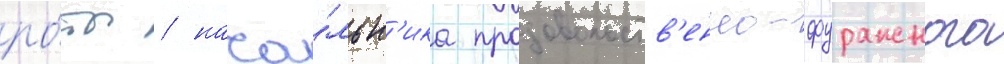
ро́ты / нача́льн'ика продовольств'енно-фуражного